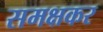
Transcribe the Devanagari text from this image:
समक्षकर